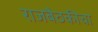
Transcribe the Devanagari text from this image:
राजबैठकीचा